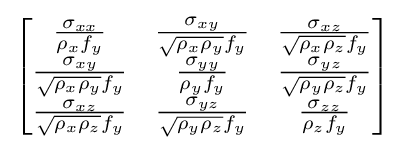
\left[{\begin{matrix}{\frac {\sigma _{xx}}{\rho _{x}f_{y}}}&{\frac {\sigma _{xy}}{{\sqrt {\rho _{x}\rho _{y}}}f_{y}}}&{\frac {\sigma _{xz}}{{\sqrt {\rho _{x}\rho _{z}}}f_{y}}}\\{\frac {\sigma _{xy}}{{\sqrt {\rho _{x}\rho _{y}}}f_{y}}}&{\frac {\sigma _{yy}}{\rho _{y}f_{y}}}&{\frac {\sigma _{yz}}{{\sqrt {\rho _{y}\rho _{z}}}f_{y}}}\\{\frac {\sigma _{xz}}{{\sqrt {\rho _{x}\rho _{z}}}f_{y}}}&{\frac {\sigma _{yz}}{{\sqrt {\rho _{y}\rho _{z}}}f_{y}}}&{\frac {\sigma _{zz}}{\rho _{z}f_{y}}}\\\end{matrix}}\right]